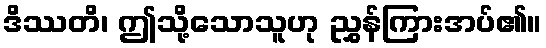
ဒိဿတိ၊ ဤသို့သောသူဟု ညွှန်ကြားအပ်၏။